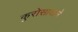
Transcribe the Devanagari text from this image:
कुरोसावाने